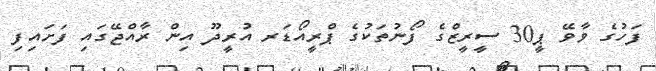
ފަހުގެ ވާވޭ ޕީ30 ސީރީޒްގެ ފޯނުތަކުގެ ޕްރީއޯޑަރ އުރީދޫ އިން ރާއްޖޭގައި ފަށައިފި